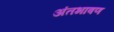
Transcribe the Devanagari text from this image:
अंतभाषण